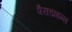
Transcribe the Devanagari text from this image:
पैराडाइम्स